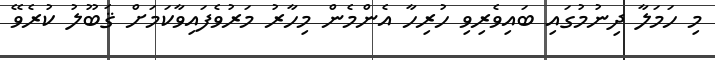
މި ހަމަލާ ދިނުމުގައި ބައިވެރިވި ހުރިހާ އެންމެން މިހާރު މަރުވެފައިވާކަމަށް ޤަބޫލު ކުރެވޭ